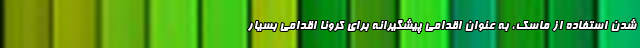
شدن استفاده از ماسک، به عنوان اقدامی پیشگیرانه برای کرونا اقدامی بسیار